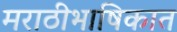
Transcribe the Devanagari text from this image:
मराठीभाषिकात